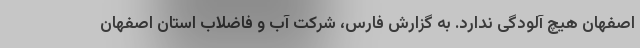
اصفهان هیچ آلودگی ندارد. به گزارش فارس، شرکت آب و فاضلاب استان اصفهان